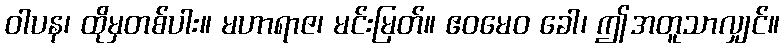
ဝါပန၊ ထိုမှတစ်ပါး။ မဟာရာဇ၊ မင်းမြတ်။ ဧဝမေဝ ခေါ၊ ဤအတူသာလျှင်။